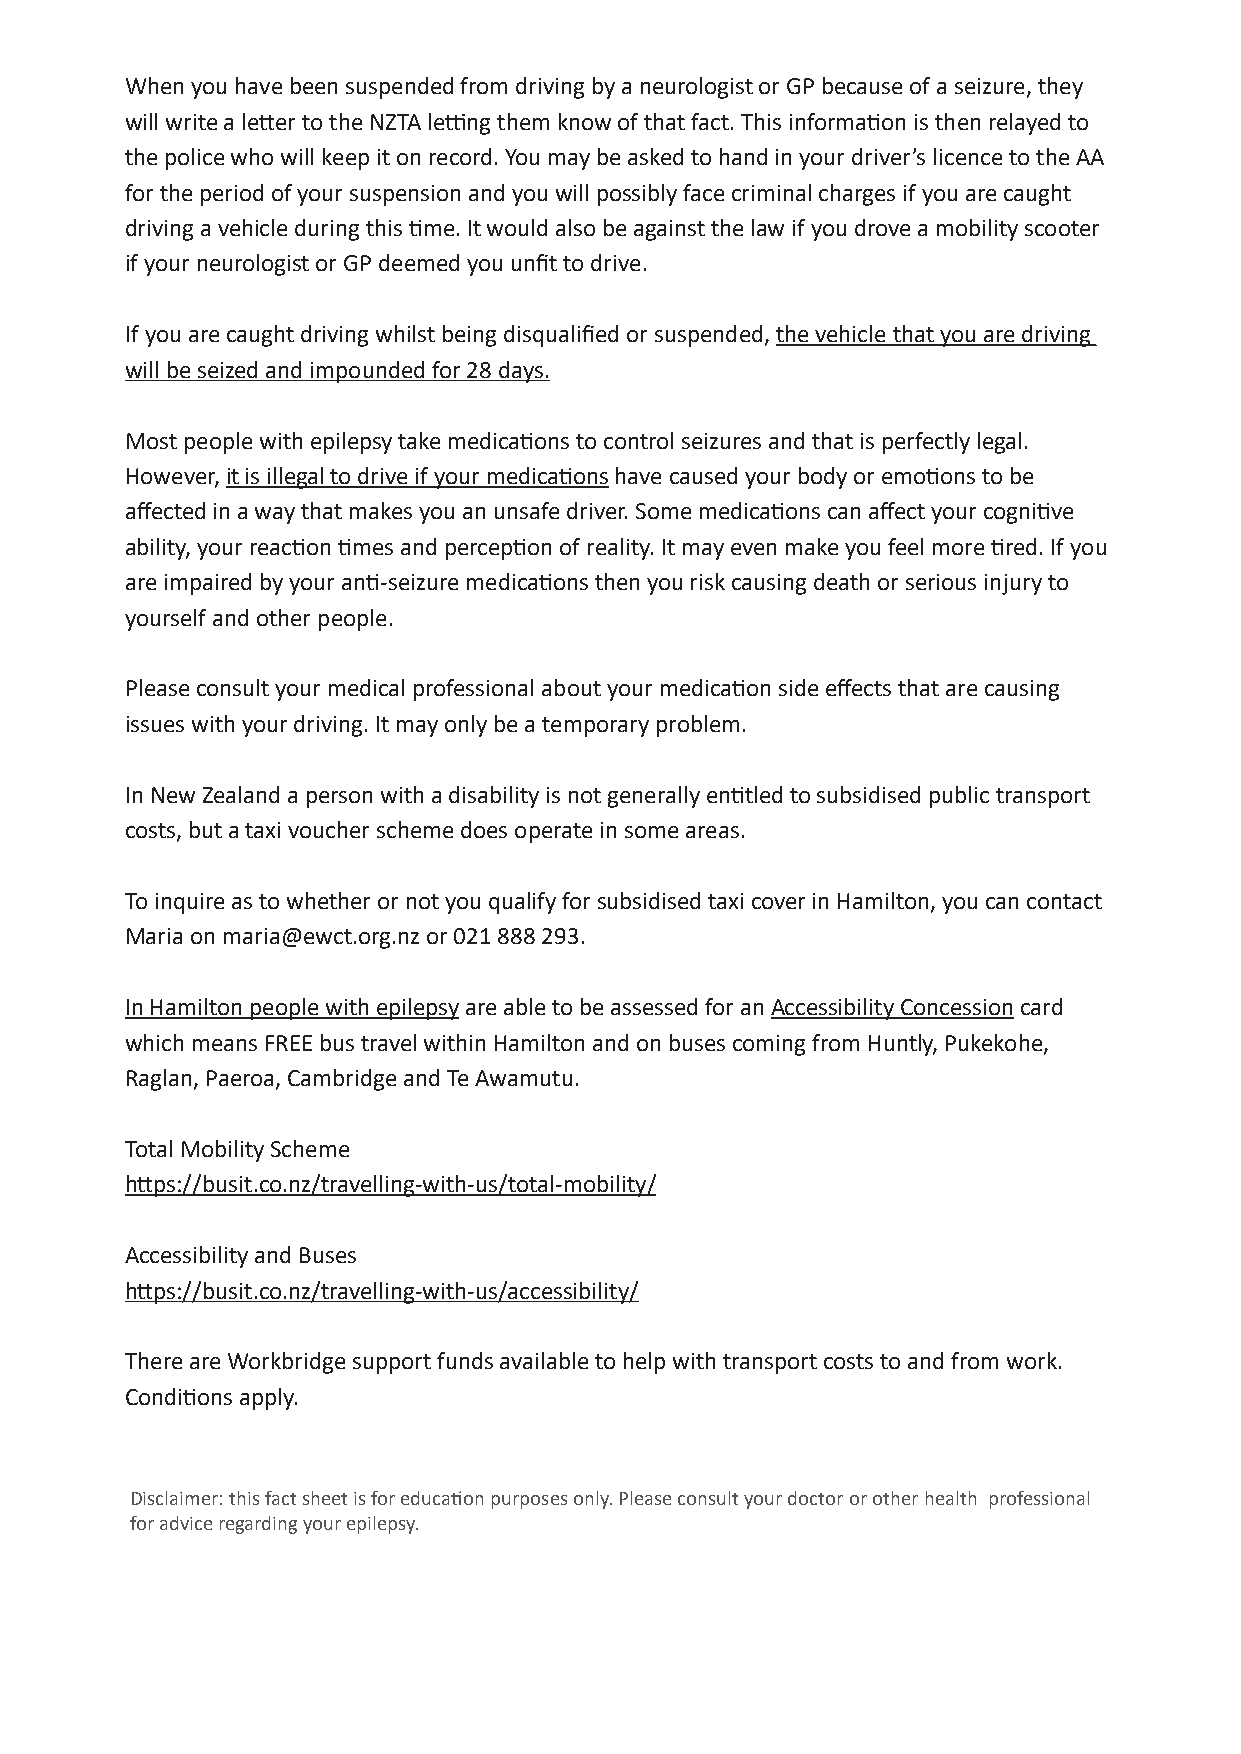
When you have been suspended from driving by a neurologist or GP because of a seizure, they
 will write a letter to the NZTA letting them know of that fact. This information is then relayed to
 the police who will keep it on record. You may be asked to hand in your driver’s licence to the AA
 for the period of your suspension and you will possibly face criminal charges if you are caught
 driving a vehicle during this time. It would also be against the law if you drove a mobility scooter
 if your neurologist or GP deemed you unfit to drive.
 If you are caught driving whilst being disqualified or suspended, the vehicle that you are driving
 will be seized and impounded for 28 days.
 Most people with epilepsy take medications to control seizures and that is perfectly legal.
 However, it is illegal to drive if your medications have caused your body or emotions to be
 affected in a way that makes you an unsafe driver. Some medications can affect your cognitive
 ability, your reaction times and perception of reality. It may even make you feel more tired. If you
 are impaired by your anti-seizure medications then you risk causing death or serious injury to
 yourself and other people.
 Please consult your medical professional about your medication side effects that are causing
 issues with your driving. It may only be a temporary problem.
 In New Zealand a person with a disability is not generally entitled to subsidised public transport
 costs, but a taxi voucher scheme does operate in some areas.
 To inquire as to whether or not you qualify for subsidised taxi cover in Hamilton, you can contact
 Maria on maria@ewct.org.nz or 021 888 293.
 In Hamilton people with epilepsy are able to be assessed for an Accessibility Concession card
 which means FREE bus travel within Hamilton and on buses coming from Huntly, Pukekohe,
 Raglan, Paeroa, Cambridge and Te Awamutu.
 Total Mobility Scheme
 https://busit.co.nz/travelling-with-us/total-mobility/
 Accessibility and Buses
 https://busit.co.nz/travelling-with-us/accessibility/
 There are Workbridge support funds available to help with transport costs to and from work.
 Conditions apply.
 Disclaimer: this fact sheet is for educati on purposes only. Please consult your doctor or other health professional
 for advice regarding your epilepsy.